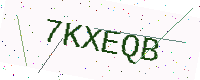
Text: 7KXEQB